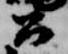
公